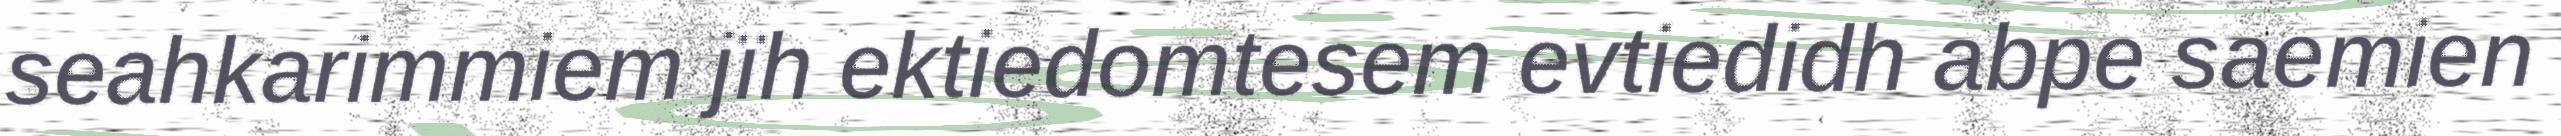
seahkarimmiem jïh ektiedomtesem evtiedidh abpe saemien